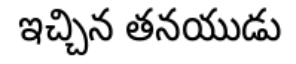
ఇచ్చిన తనయుడు